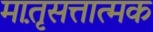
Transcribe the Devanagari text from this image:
मात़ृसत्तात्मक